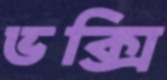
ভক্সি